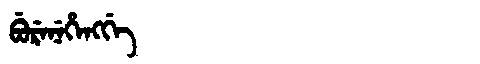
Manchu: ᠪᡠᡵᡝᠨᡝᡥᡝᠩᡤᡝ
Romanization: BURENEHENGGE